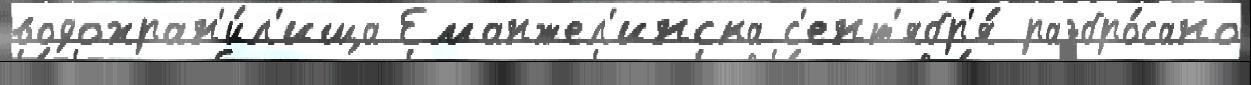
водохран'и́л'ища Еманжел'инска с'ент'ябр'я́ разбро́сано